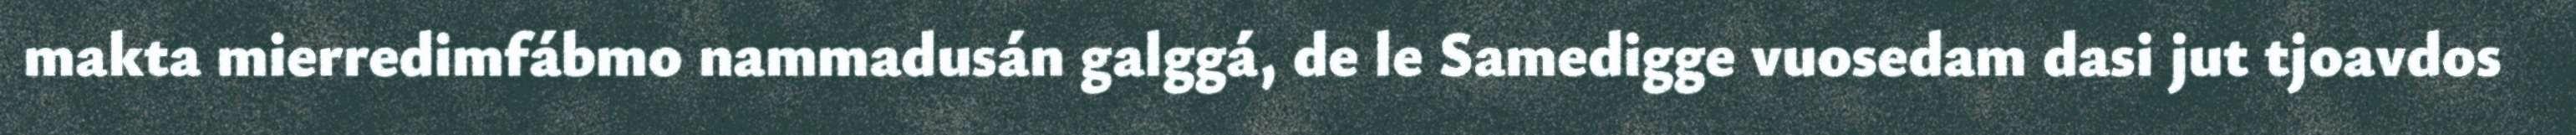
makta mierredimfábmo nammadusán galggá, de le Samedigge vuosedam dasi jut tjoavdos